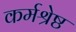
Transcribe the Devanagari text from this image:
कर्मश्रेष्ठ